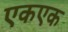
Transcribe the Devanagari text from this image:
एकएक